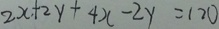
2 x + 2 y + 4 x - 2 y = 1 2 0